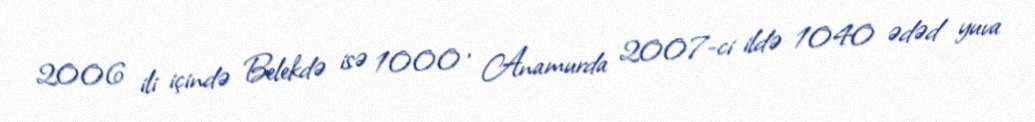
2006 ili içində Belekdə isə 1000 , Anamurda 2007-ci ildə 1040 ədəd yuva